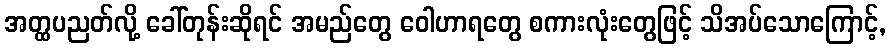
အတ္ထပညတ်လို့ ခေါ်တုန်းဆိုရင် အမည်တွေ ဝေါဟာရတွေ စကားလုံးတွေဖြင့် သိအပ်သောကြောင့်,